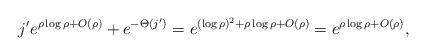
LaTeX: \begin{align*} j' e^{\rho\log\rho + O(\rho)} + e^{-\Theta(j')} = e^{(\log\rho)^2 + \rho\log\rho + O(\rho)} = e^{\rho\log\rho + O(\rho)},\end{align*}